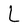
Character: L